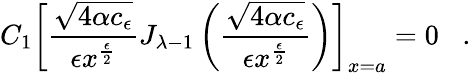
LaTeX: C_{1}\left[\frac{\sqrt{4\alpha c_{\epsilon}}}{\epsilon x^{\frac{\epsilon}{2}}}J_{{\lambda}-1}\left(\frac{\sqrt{4\alpha c_{\epsilon}}}{\epsilon x^{\frac{\epsilon}{2}}}\right)\right]_{x=a}=0\; \; \; .